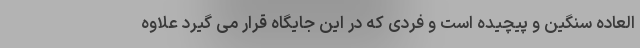
العاده سنگین و پیچیده است و فردی که در این جایگاه قرار می گیرد علاوه